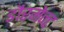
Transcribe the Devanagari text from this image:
डौरमेन्ट